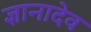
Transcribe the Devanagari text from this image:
ज्ञानादेव